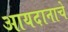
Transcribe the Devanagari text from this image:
आयदानाचे